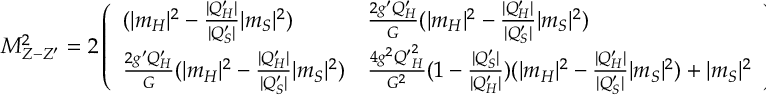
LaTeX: M _ { Z - Z ^ { \prime } } ^ { 2 } = 2 \left( \begin{array} { l l } { { ( | m _ { H } | ^ { 2 } - { \frac { | Q _ { H } ^ { \prime } | } { | Q _ { S } ^ { \prime } | } } | m _ { S } | ^ { 2 } ) } } & { { { \frac { 2 g ^ { \prime } Q _ { H } ^ { \prime } } { G } } ( | m _ { H } | ^ { 2 } - { \frac { | Q _ { H } ^ { \prime } | } { | Q _ { S } ^ { \prime } | } } | m _ { S } | ^ { 2 } ) } } \\ { { { \frac { 2 g ^ { \prime } Q _ { H } ^ { \prime } } { G } } ( | m _ { H } | ^ { 2 } - { \frac { | Q _ { H } ^ { \prime } | } { | Q _ { S } ^ { \prime } | } } | m _ { S } | ^ { 2 } ) } } & { { { \frac { 4 g ^ { 2 } { Q ^ { \prime } } _ { H } ^ { 2 } } { G ^ { 2 } } } ( 1 - { \frac { | Q _ { S } ^ { \prime } | } { | Q _ { H } ^ { \prime } | } } ) ( | m _ { H } | ^ { 2 } - { \frac { | Q _ { H } ^ { \prime } | } { | Q _ { S } ^ { \prime } | } } | m _ { S } | ^ { 2 } ) + | m _ { S } | ^ { 2 } } } \end{array} \right) .